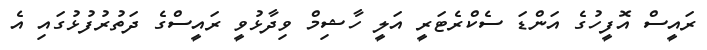
ރައީސް އޮފީހުގެ އަންޑަ ސެކްރެޓަރީ އަލީ ހާޝިމް ވިދާޅުވީ ރައީސްގެ ދަތުރުފުޅުގައި އެ